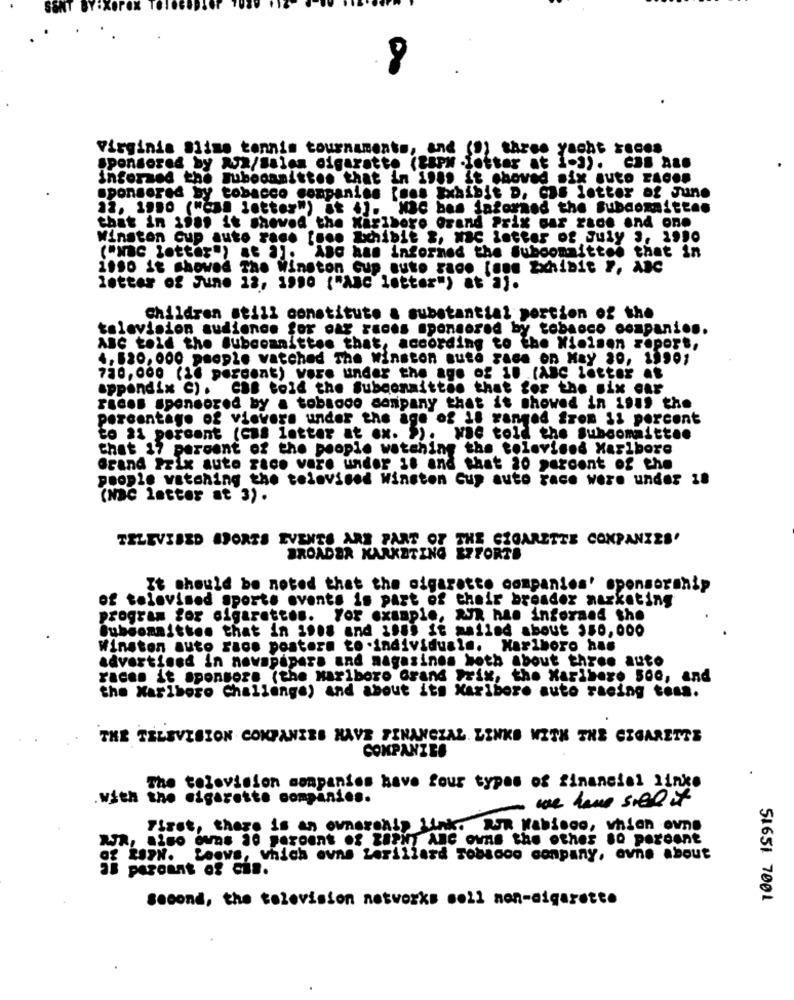
virginia Slime tennis tournaments, and (9) three yacht reces
sponsored by A/2/Salon digaratto (taPh fetter at i.]). CAB ARO
informed the mubooamittoo that in inas it shoved nix auto zAdos
sponsored by tobacco companies mon Exhibit D. C.f letter of June
12. 1980 ("Can letter") at +]. NBC bas informed the subcommittee
that in iias it showed the Xaribere Grand Prix car race and one
Winston Cup auto race [men Ichibit &, Nac letter of July 3, 1990
("NBC letter") at a). ABG has informed the Subcommittee that in
1990 it showed The Winston cup auto race [non Exhibit ", ABC
letter of June 12, 1990 ("ABC letter") at aj.
Children still constitute & substantial portion of the
television audience for oar races sponsored by tobacco companion.
ABC told the Subcommittee that, according to the Nielsen report,
4, 520, 000 people watched The Winston auto Face on May 20, 19901
730, 000 (16 percent) were under the age of 10 (ABC latter at
appendix C). CaB told the Subcommittee that for the six car
races sponsored by a tobacco company that it showed in 1au, the
percentage of viewers under the age of il ranged from 11 percent
to a1 percent (Cas letter at ex. >) .
wie told the Subcommittee
chat 17 percent of the people watching the televised Maribore
Grand Prix auto zace vare under 18 and that 20 percent of the
people watching the televised Winston Cup auto race were under 18
(NBC letter at 3).
TELEVISED SPORTS EVENTS ARE PART OF THE CIGARETTE COMPANIES'
BROADER KARKATING EZFORTE
It should be noted that the cigarette companies' sponsorship
of televised sports events is part of their broader marketing
program for cigarettes. For example, AVx hae inforand the
Subcommittee that in 1908 and 1.si it mailed about $50,000
Winston auto race postern to.individuals. Marlboro has
advertised in novapápara and magazines both about three auto
races it sponsors (the Marlboro Grand Prix, the Marlboro See, and
the Marlboro Challenge) and about its Kariboro auto racing tons.
THE TELEVISION COMPANIES HAVE FINANCIAL LINKS WITH THE CIGARETTE
COMPANIES
The television companies have four types of financial linke
with the cigarette companies.
- we have sief it
First, there is an ownerohly Link. RTR Wabicos, which ovne
XJR, ai60 Own# 10 percent of ZAPHT ARC owns the other so percent
of ESPN. Loews, which owns Lerillard Tobacco conpany, evne about
38 parount of cin.
second, the television networks soll non-cigarette
51651 7001